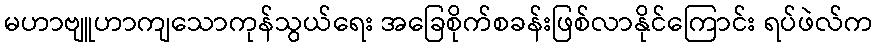
မဟာဗျူဟာကျသောကုန်သွယ်ရေး အခြေစိုက်စခန်းဖြစ်လာနိုင်ကြောင်း ရပ်ဖဲလ်က